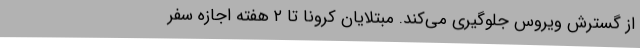
از گسترش ویروس جلوگیری می‌کند. مبتلایان کرونا تا ۲ هفته اجازه سفر